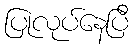
ပြုလုပ်နေပြီ